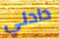
دادلي